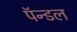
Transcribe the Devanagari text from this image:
पॅन्डल